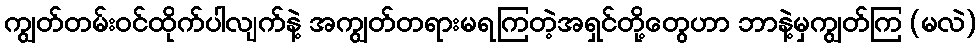
ကျွတ်တမ်းဝင်ထိုက်ပါလျက်နဲ့ အကျွတ်တရားမရကြတဲ့အရှင်တို့တွေဟာ ဘာနဲ့မှကျွတ်ကြ (မလဲ)